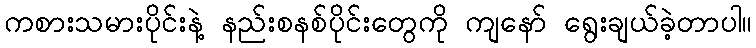
ကစားသမားပိုင်းနဲ့ နည်းစနစ်ပိုင်းတွေကို ကျနော် ရွေးချယ်ခဲ့တာပါ။